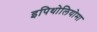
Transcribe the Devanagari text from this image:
इपिथोलियोमा